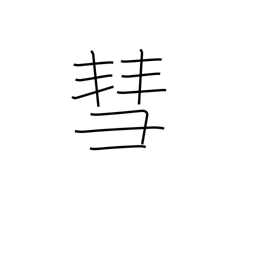
Meaning: comet